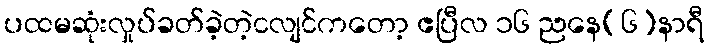
ပထမဆုံးလှုပ်ခတ်ခဲ့တဲ့ငလျင်ကတော့ ဧပြီလ ၁၆ ညနေ(၆)နာရီ